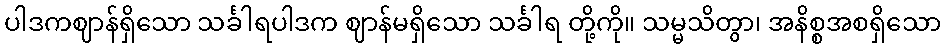
ပါဒကဈာန်ရှိသော သင်္ခါရပါဒက ဈာန်မရှိသော သင်္ခါရ တို့ကို။ သမ္မသိတွာ၊ အနိစ္စအစရှိသော